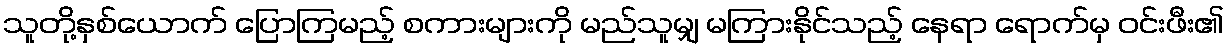
သူတို့နှစ်ယောက် ပြောကြမည့် စကားများကို မည်သူမျှ မကြားနိုင်သည့် နေရာ ရောက်မှ ဝင်းဖီး၏